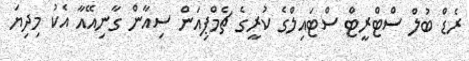
ރެޑް ބުލް ސްޓްރީޓް ސްޓައިލްގެ ކުރީގެ ޗެމްޕިއަން ސިއާން ގާނިއޭއާ އެކު މިދިޔަ